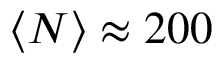
\langle N \rangle \approx 2 0 0